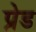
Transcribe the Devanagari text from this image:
प्रेड